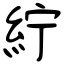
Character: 紵